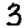
Digit: 3